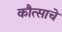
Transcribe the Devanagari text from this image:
कौत्साचे